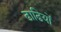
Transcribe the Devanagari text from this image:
ढाढियों